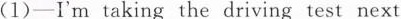
(1)-I'm taking the driving test next